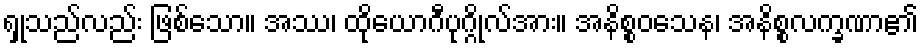
ရှုသည်လည်း ဖြစ်သော။ အဿ၊ ထိုယောဂီပုဂ္ဂိုလ်အား။ အနိစ္စဝသေန၊ အနိစ္စလက္ခဏာ၏